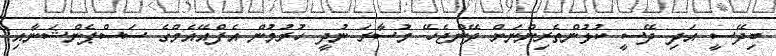
ބިދޭސީ އަދި ދޭސީ ކުޅުންތެރިންނަށް ދޭންޖެހޭ މުސާރަ ނުދީ ހުރުމުން އެފްއޭއެމްގެ ސަސްޕެންޝަނާއި